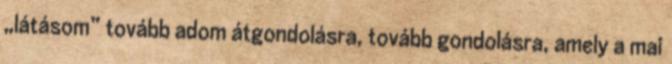
„látásom” tovább adom átgondolásra, tovább gondolásra, amely a mai